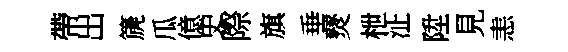
帶出篪瓜億史際旗垂燹枻沚陞見恚